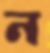
ন